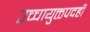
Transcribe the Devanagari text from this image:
उच्चायुक्तपदही